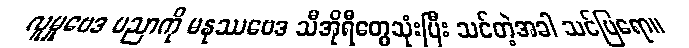
လူမှုဗေဒ ပညာကို မနုဿဗေဒ သီအိုရီတွေသုံးပြီး သင်တဲ့အခါ သင်ပြရော။